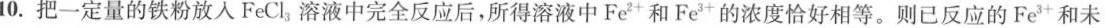
10.把一定量的铁粉放入FeCl_{3}溶液中完全反应后，所得溶液中Fe^{2+}和Fe^{3+}的浓度恰好相等。则已反应的Fe^{3+}和未